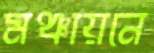
মঞ্চায়নে